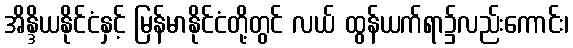
အိန္ဒိယနိုင်ငံနှင့် မြန်မာနိုင်ငံတို့တွင် လယ် ထွန်ယက်ရာ၌လည်းကောင်း၊